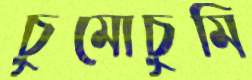
চুমোচুমি